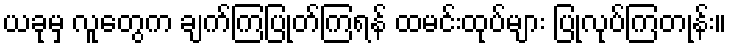
ယခုမှ လူတွေက ချက်ကြပြုတ်ကြရန် ထမင်းထုပ်များ ပြုလုပ်ကြတုန်း။